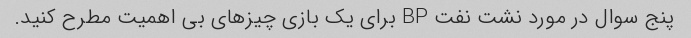
پنج سوال در مورد نشت نفت BP برای یک بازی چیزهای بی اهمیت مطرح کنید.